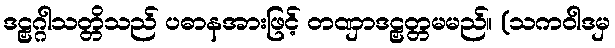
ဒဠှဂ္ဂါသတ္တိသည် ပဓာနအားဖြင့် တဏှာဒဠှတ္တမမည်။ (သကဝါဒမှ